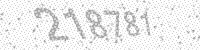
Solution: 218781